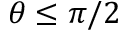
\theta \leq \pi / 2